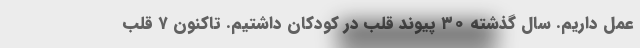
عمل داریم. سال گذشته ۳۰ پیوند قلب در کودکان داشتیم. تاکنون ۷ قلب